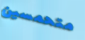
متحمسين